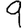
Digit: 9